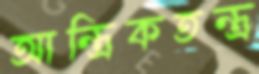
আন্ত্রিকতন্ত্র